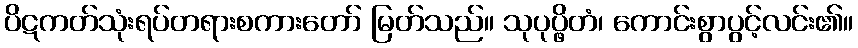
ပိဋကတ်သုံးရပ်တရားစကားတော် မြတ်သည်။ သုပုပ္ဖိတံ၊ ကောင်းစွာပွင့်လင်း၏။